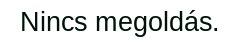
Nincs megoldás.